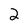
Character: 2